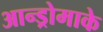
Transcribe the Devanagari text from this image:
आन्ड्रोमाके